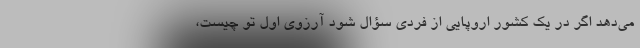
می‌دهد اگر در یک کشور اروپایی از فردی سؤال شود آرزوی اول تو چیست،